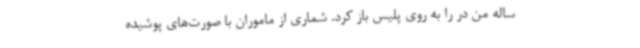
ساله من در را به روی پلیس باز کرد. شماری از ماموران با صورت‌های پوشیده